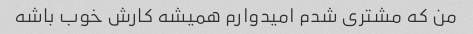
من که مشتری شدم امیدوارم همیشه کارش خوب باشه